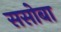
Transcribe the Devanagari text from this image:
ससोबा